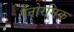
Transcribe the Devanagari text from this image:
पॅनोरमिक